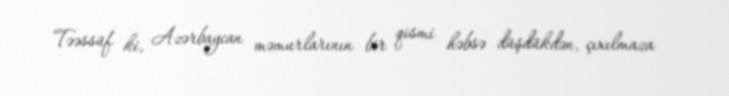
Təəssüf ki, Azərbaycan məmurlarının bir qismi həbsə düşdükdən, çıxılmaza